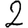
Digit: 2